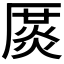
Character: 𠪛